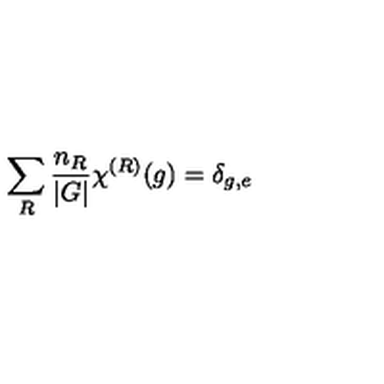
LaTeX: \sum _ { R } { \frac { n _ { R } } { | G | } } \chi ^ { ( R ) } ( g ) = \delta _ { g , e }